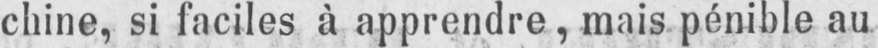
chine, si faciles à apprendre, mais pénible au